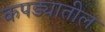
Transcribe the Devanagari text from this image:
कपड्यातील